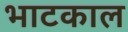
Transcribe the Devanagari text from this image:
भाटकाल